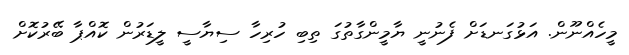
މީހެއްނޫން. އަޅުގަނޑަށް ފެނުނީ ޔާމީންގާތުގަ ތިބި ހުރިހާ ސިޔާސީ ލީޑަރުން ކޮއްޕާ ބޭރުކޮށް